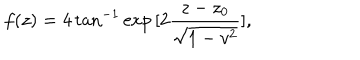
f ( z ) = 4 \tan ^ { - 1 } \exp { [ 2 \frac { z - z _ { 0 } } { \sqrt { 1 - v ^ { 2 } } } ] } ,